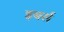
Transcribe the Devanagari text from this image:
इबर्स